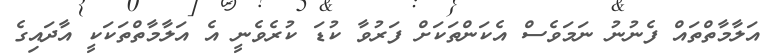
އަލާމާތްތައް ފެނުނު ނަމަވެސް އެކަންތަކަށް ފަރުވާ ކުޑަ ކުރެވެނީ އެ އަލާމާތްތަކަކީ އާދައިގެ